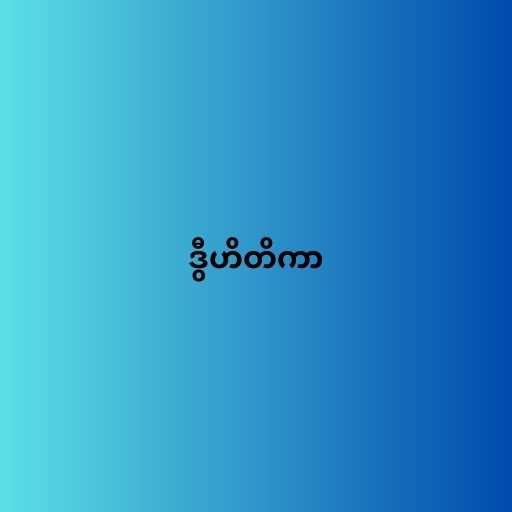
ဒွီဟိတိကာ